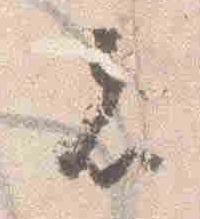
者